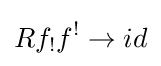
Rf_{!}f^{!}\rightarrow id